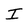
Character: I